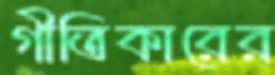
গীতিকারের